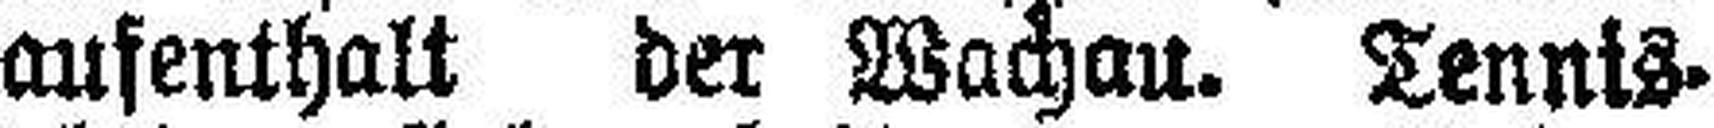
aufenthalt der Wachau. Tennis¬